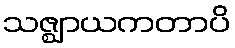
သဇ္ဈာယကတာပိ